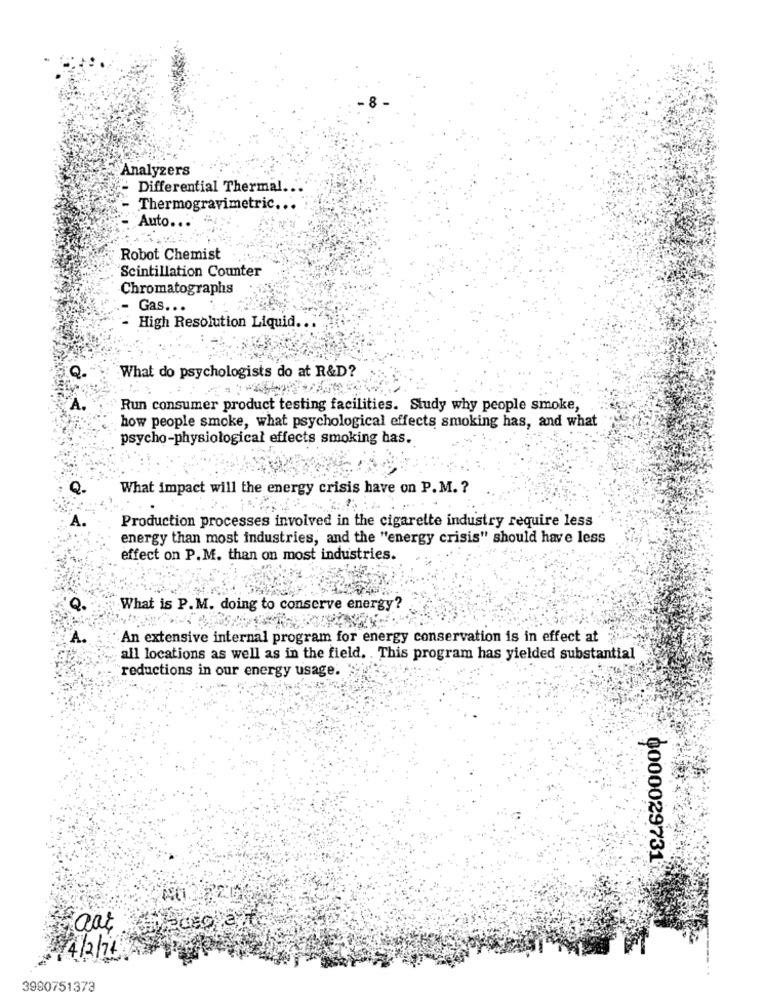
Analyzers
- Differential Thermal.
Thermogravimetric ...
Auto ..
Robot Chemist
Scintillation Counter
Chromatographs
Gas ...
High Resolution Liquid ...
Q.
What do psychologists do at R&D?
Run consumer product testing facilities. Study why people smoke,
how people smoke, what psychological effects smoking has, and what
psycho-physiological effects smoking has.
What impact will the energy crisis have on P. M. ?
Production processes involved in the cigarette industry require less
energy than most industries, and the "energy crisis" should have less
effect on P.M. than on most industries.
What is P. M. doing to conserve energy?
A.
An extensive internal program for energy conservation is in effect at
all locations as well as in the field. . This program has yielded substantial
reductions in our energy usage.
0000029731
3980751373